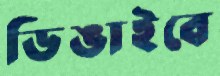
ডিঙাইবে